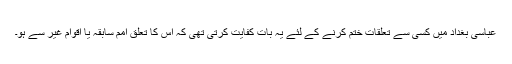
عباسی بغداد میں کسی سے تعلقات ختم کرنے کے لئے یہ بات کفایت کرتی تھی کہ اس کا تعلق امم سابقہ یا اقوام غیر سے ہو۔